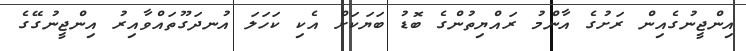
އިންޖީނުގެއިން ރަށުގެ އާންމު ރައްޔިތުންގެ ބޮޑު ބަޔަކަށް އެކި ކަހަލަ އުނދަގޫތައްވާއިރު އިންޖީނުގޭގެ